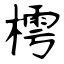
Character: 樗